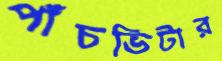
পাঁচভিটার